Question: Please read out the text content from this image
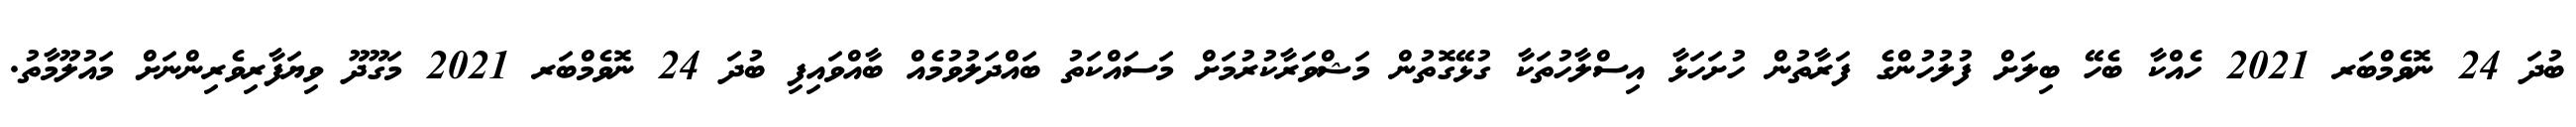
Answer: ބުދަ 24 ނޮވެމްބަރ 2021 ހެއްކާ ބެހޭ ބިލަށް ފުލުހުންގެ ފަރާތުން ހުށަހަޅާ އިސްލާހުތަކާ ގުޅޭގޮތުން މަޝްވަރާކުރުމަށް މަސައްކަތު ބައްދަލުވުމެއް ބާއްވައިފި ބުދަ 24 ނޮވެމްބަރ 2021 މަގޫދޫ ވިޔަފާރިވެރިންނަށް މައުލޫމާތު.